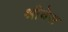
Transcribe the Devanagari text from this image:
श्रीवेस